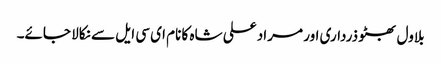
بلاول بھٹو ذرداری اور مراد علی شاہ کا نام ای سی ایل سے نکالا جائے۔